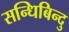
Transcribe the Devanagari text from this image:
सन्धिबिन्दु